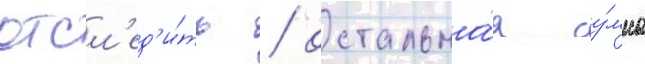
отсл'ед'и́ть / остальна́я су́мма